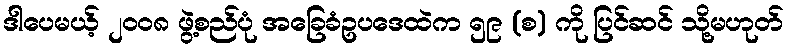
ဒါပေမယ့် ၂၀၀၈ ဖွဲ့စည်ပုံ အခြေခံဥပဒေထဲက ၅၉ (စ) ကို ပြင်ဆင် သို့မဟုတ်